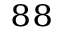
^ { 8 8 }